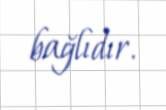
bağlıdır.